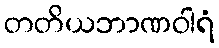
တတိယဘာဏဝါရံ